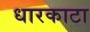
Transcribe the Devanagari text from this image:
धारकाटा